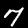
Digit: 7